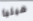
هيليا